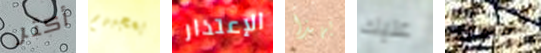
أكثر يعجبهم الإعتذار بهذا عليك تحدثه